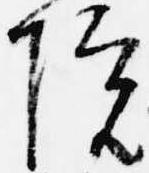
院